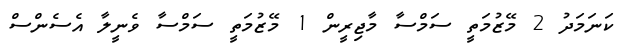
ކަނަމަދު 2 މޭޒުމަތީ ސަމްސާ މާޖިރީން 1 މޭޒުމަތީ ސަމްސާ ވެނީލާ އެސެންސް